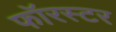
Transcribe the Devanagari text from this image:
फॉरस्टर